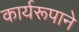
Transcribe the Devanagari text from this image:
कार्यरूपाने